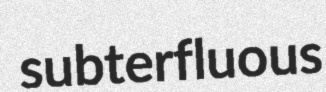
subterfluous